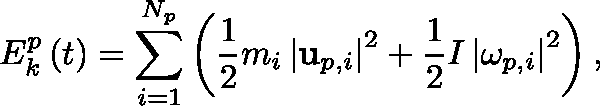
E _ { k } ^ { p } \left( t \right) = \sum _ { i = 1 } ^ { N _ { p } } \left( \frac { 1 } { 2 } m _ { i } \left| \mathbf { u } _ { p , i } \right| ^ { 2 } + \frac { 1 } { 2 } I \left| \mathbf { \omega } _ { p , i } \right| ^ { 2 } \right) ,